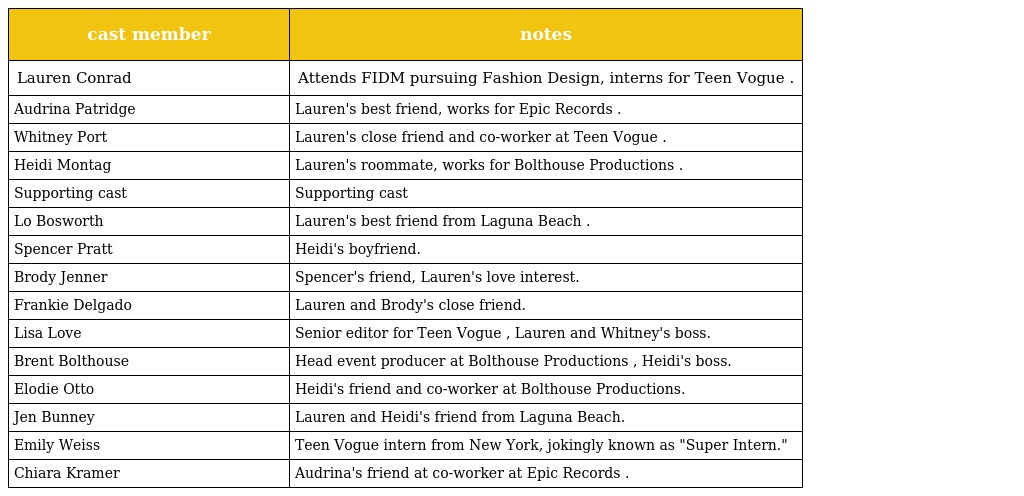
| cast member | notes |
 | --- | --- |
 | Lauren Conrad | Attends FIDM pursuing Fashion Design, interns for Teen Vogue . |
 | Audrina Patridge | Lauren's best friend, works for Epic Records . |
 | Whitney Port | Lauren's close friend and co-worker at Teen Vogue . |
 | Heidi Montag | Lauren's roommate, works for Bolthouse Productions . |
 | Supporting cast | Supporting cast |
 | Lo Bosworth | Lauren's best friend from Laguna Beach . |
 | Spencer Pratt | Heidi's boyfriend. |
 | Brody Jenner | Spencer's friend, Lauren's love interest. |
 | Frankie Delgado | Lauren and Brody's close friend. |
 | Lisa Love | Senior editor for Teen Vogue , Lauren and Whitney's boss. |
 | Brent Bolthouse | Head event producer at Bolthouse Productions , Heidi's boss. |
 | Elodie Otto | Heidi's friend and co-worker at Bolthouse Productions. |
 | Jen Bunney | Lauren and Heidi's friend from Laguna Beach. |
 | Emily Weiss | Teen Vogue intern from New York, jokingly known as "Super Intern." |
 | Chiara Kramer | Audrina's friend at co-worker at Epic Records . |